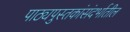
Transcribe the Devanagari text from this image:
पाठ्यपुस्तकांसंदर्भातील